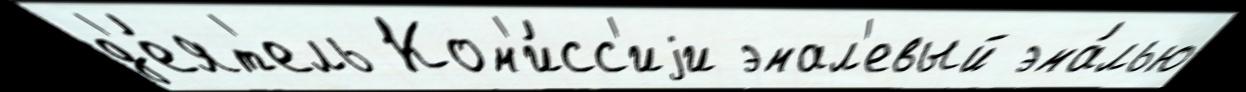
д'е́ят'ель Ком'и́сс'иjи эмал'евый эма́лью